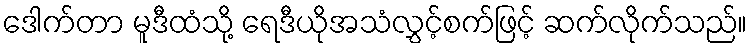
ဒေါက်တာ မူဒီထံသို့ ရေဒီယိုအသံလွှင့်စက်ဖြင့် ဆက်လိုက်သည်။